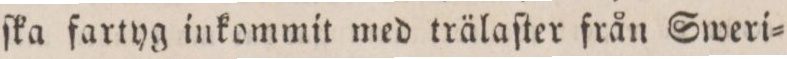
ſka fartyg inkommit med trälaſter från Sweri=